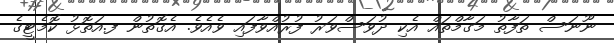
ނޫނަސް ތަފާތު މަގާމްތައް އެކި ދުވަސްވަރު ފުރުއްވާފައި ވެއެވެ. އެގޮތުން ފ.އަތޮޅު ކޮމެޓީގެ